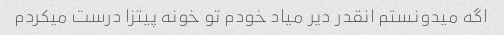
اگه میدونستم انقدر دیر میاد خودم تو خونه پیتزا درست میکردم